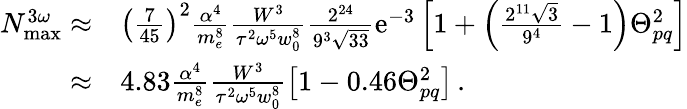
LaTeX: \begin{array}{rl}{N_{\mathrm{max}}^{3\omega}\approx}&{\left(\frac{7}{45}\right)^{2}\frac{\alpha^{4}}{m_{e}^{8}}\frac{W^{3}}{\tau^{2}\omega^{5}w_{0}^{8}}\frac{2^{24}}{9^{3}\sqrt{33}}\mathrm{e}^{-3}\left[1+\left(\frac{2^{11}\sqrt{3}}{9^{4}}-1\right)\Theta_{pq}^{2}\right]}\\ {\approx}&{4.83\frac{\alpha^{4}}{m_{e}^{8}}\frac{W^{3}}{\tau^{2}\omega^{5}w_{0}^{8}}\left[1-0.46\Theta_{pq}^{2}\right]\, .}\end{array}